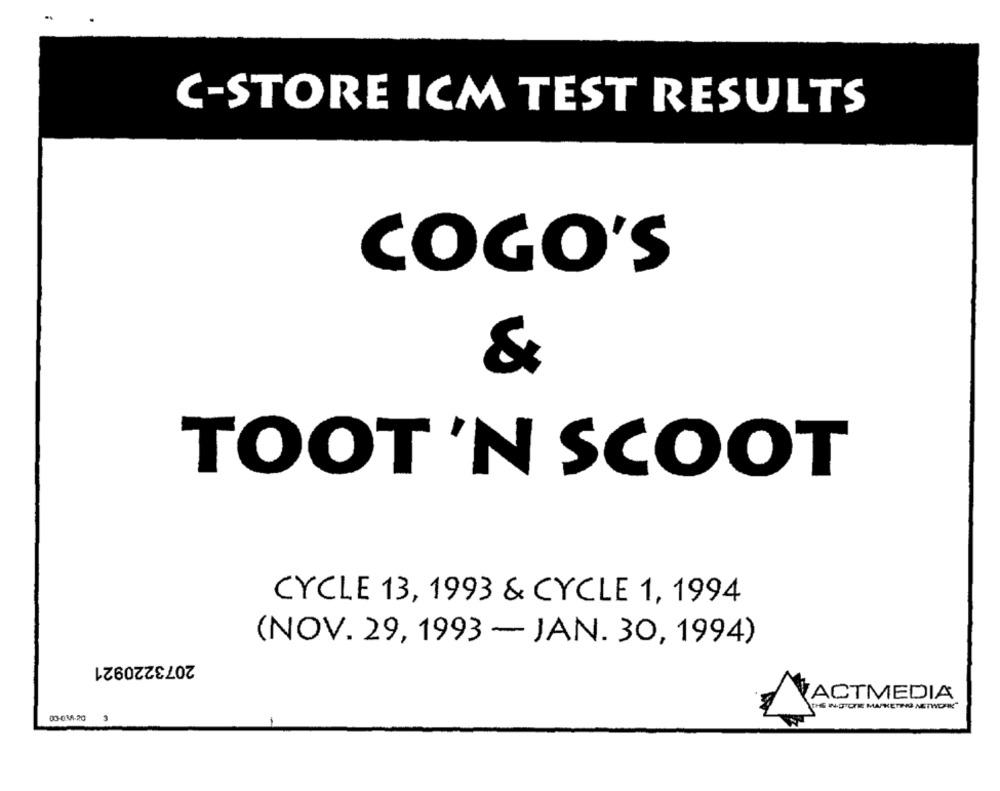
C-STORE ICM TEST RESULTS
COGO'S
&
TOOT'N SCOOT
CYCLE 13, 1993 & CYCLE 1, 1994
(NOV. 29, 1993 - JAN. 30, 1994)
2073220921
VACTMEDIA
SINOTOTE MARKETER NETWORK
00-034-20
1